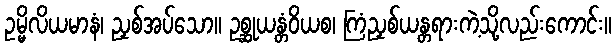
ဥမ္မိလိယမာနံ၊ ညှစ်အပ်သော။ ဥစ္ဆုယန္တံဝိယစ၊ ကြံညှစ်ယန္တရားကဲ့သို့လည်းကောင်း။